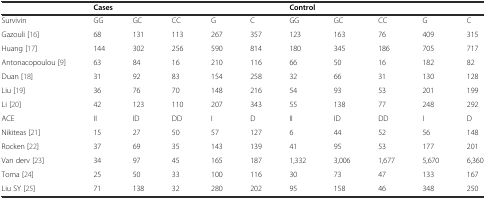
<table><thead><tr><td></td><td colspan="5"><b>Cases</b></td><td colspan="5"><b>Control</b></td></tr></thead><tbody><tr><td>Survivin</td><td>GG</td><td>GC</td><td>CC</td><td>G</td><td>C</td><td>GG</td><td>GC</td><td>CC</td><td>G</td><td>C</td></tr><tr><td>Gazouli [16]</td><td>68</td><td>131</td><td>113</td><td>267</td><td>357</td><td>123</td><td>163</td><td>76</td><td>409</td><td>315</td></tr><tr><td>Huang [17]</td><td>144</td><td>302</td><td>256</td><td>590</td><td>814</td><td>180</td><td>345</td><td>186</td><td>705</td><td>717</td></tr><tr><td>Antonacopoulou [9]</td><td>63</td><td>84</td><td>16</td><td>210</td><td>116</td><td>66</td><td>50</td><td>16</td><td>182</td><td>82</td></tr><tr><td>Duan [18]</td><td>31</td><td>92</td><td>83</td><td>154</td><td>258</td><td>32</td><td>66</td><td>31</td><td>130</td><td>128</td></tr><tr><td>Liu [19]</td><td>36</td><td>76</td><td>70</td><td>148</td><td>216</td><td>54</td><td>93</td><td>53</td><td>201</td><td>199</td></tr><tr><td>Li [20]</td><td>42</td><td>123</td><td>110</td><td>207</td><td>343</td><td>55</td><td>138</td><td>77</td><td>248</td><td>292</td></tr><tr><td>ACE</td><td>II</td><td>ID</td><td>DD</td><td>I</td><td>D</td><td>II</td><td>ID</td><td>DD</td><td>I</td><td>D</td></tr><tr><td>Nikiteas [21]</td><td>15</td><td>27</td><td>50</td><td>57</td><td>127</td><td>6</td><td>44</td><td>52</td><td>56</td><td>148</td></tr><tr><td>Rocken [22]</td><td>37</td><td>69</td><td>35</td><td>143</td><td>139</td><td>41</td><td>95</td><td>53</td><td>177</td><td>201</td></tr><tr><td>Van derv [23]</td><td>34</td><td>97</td><td>45</td><td>165</td><td>187</td><td>1,332</td><td>3,006</td><td>1,677</td><td>5,670</td><td>6,360</td></tr><tr><td>Toma [24]</td><td>25</td><td>50</td><td>33</td><td>100</td><td>116</td><td>30</td><td>73</td><td>47</td><td>133</td><td>167</td></tr><tr><td>Liu SY [25]</td><td>71</td><td>138</td><td>32</td><td>280</td><td>202</td><td>95</td><td>158</td><td>46</td><td>348</td><td>250</td></tr></tbody></table>